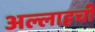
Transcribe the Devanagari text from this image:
अल्लाहची